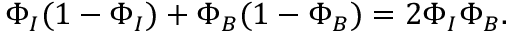
\Phi _ { I } ( 1 - \Phi _ { I } ) + \Phi _ { B } ( 1 - \Phi _ { B } ) = 2 \Phi _ { I } \Phi _ { B } .